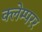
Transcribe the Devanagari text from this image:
क्लेम्परर